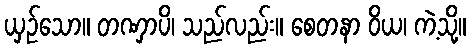
ယှဉ်သော။ တဏှာပိ၊ သည်လည်း။ စေတနာ ဝိယ၊ ကဲ့သို့။